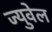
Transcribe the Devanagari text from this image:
ज्युवेल